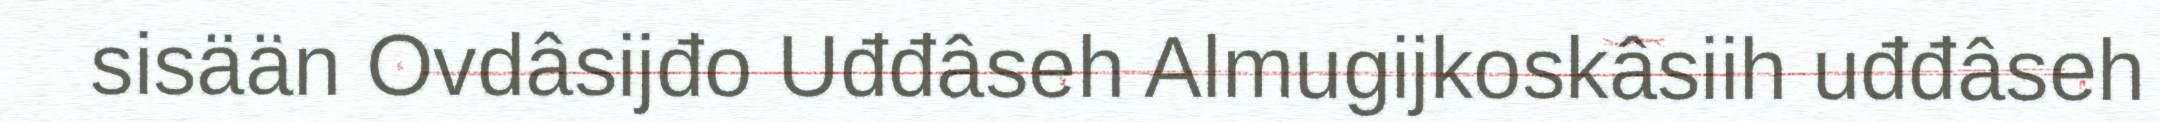
sisään Ovdâsijđo Uđđâseh Almugijkoskâsiih uđđâseh